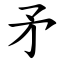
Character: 矛